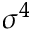
\sigma ^ { 4 }